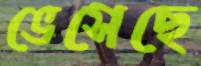
ভেসেছে